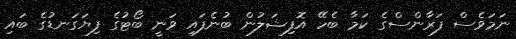
ނަމަވެސް ފަރާންސްގެ ކަމާ ބެހޭ އޮފިޝަލުން ބުނެފައި ވަނީ ބޯޓުގެ ފިޔަގަނޑުގެ ބައި